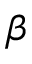
\beta